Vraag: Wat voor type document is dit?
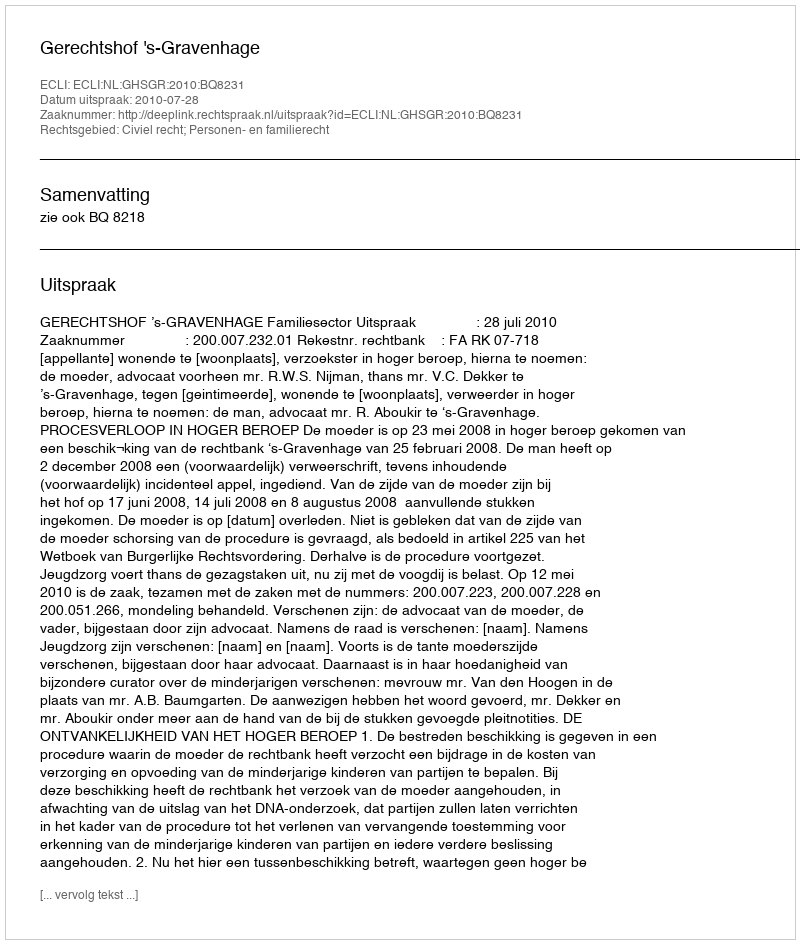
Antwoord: Uitspraak